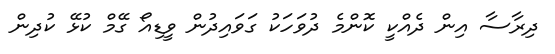
ދިރާސާ އިން ދެއްކީ ކޮންމެ ދުވަހަކު ގަވައިދުން ވީޑިއޯ ގޭމް ކުޅޭ ކުދިން